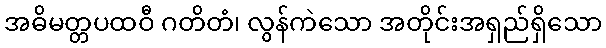
အဓိမတ္တပထဝီ ဂတိတံ၊ လွန်ကဲသော အတိုင်းအရှည်ရှိသော